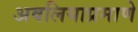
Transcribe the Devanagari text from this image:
अवलियाप्रमाणे